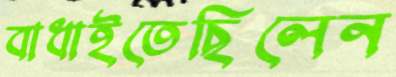
বাধাইতেছিলেন